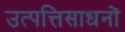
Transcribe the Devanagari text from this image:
उत्पत्तिसाधनों